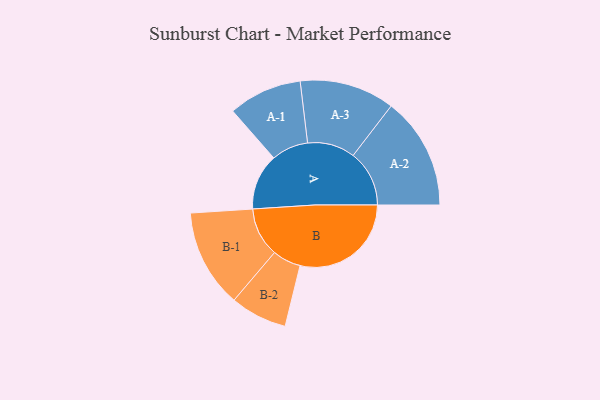
{"axis": {"x": "Segment", "y": "Value"}, "legend": ["", "A", "B"], "data": [{"x": "A", "y": 241, "type": ""}, {"x": "B", "y": 477, "type": ""}, {"x": "A-1", "y": 158, "type": "A"}, {"x": "A-2", "y": 241, "type": "A"}, {"x": "A-3", "y": 204, "type": "A"}, {"x": "B-1", "y": 211, "type": "B"}, {"x": "B-2", "y": 122, "type": "B"}]}